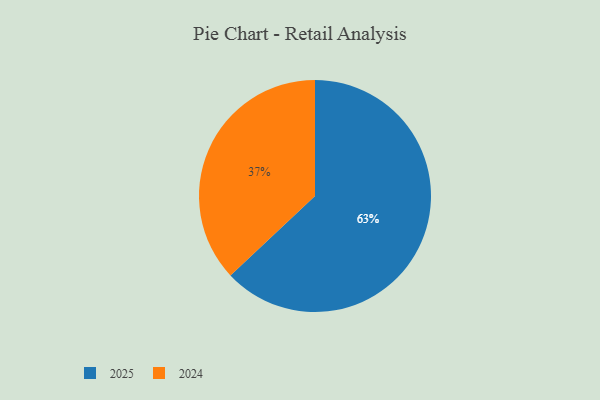
{"axis": {"x": "Category", "y": "Percentage"}, "legend": ["2024", "2025"], "data": [{"x": "2025", "y": 63, "type": "2025"}, {"x": "2024", "y": 37, "type": "2024"}]}